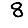
Digit: 8